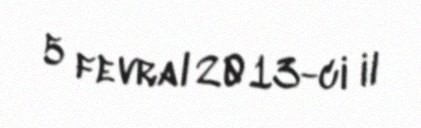
5 fevral 2013-ci il